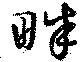
畔